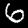
Label: 6